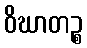
ဝိဃာတဉ္စ